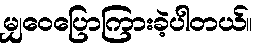
မျှဝေပြောကြားခဲ့ပါတယ်။